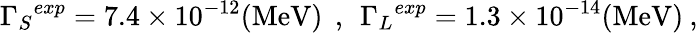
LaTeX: {\Gamma_{S}}^{exp}=7.4\times 10^{-12}(\mathrm{MeV})\: \: ,\: \: {\Gamma_{L}}^{exp}=1.3\times 10^{-14}(\mathrm{MeV})\: ,